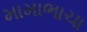
મામાભાચા